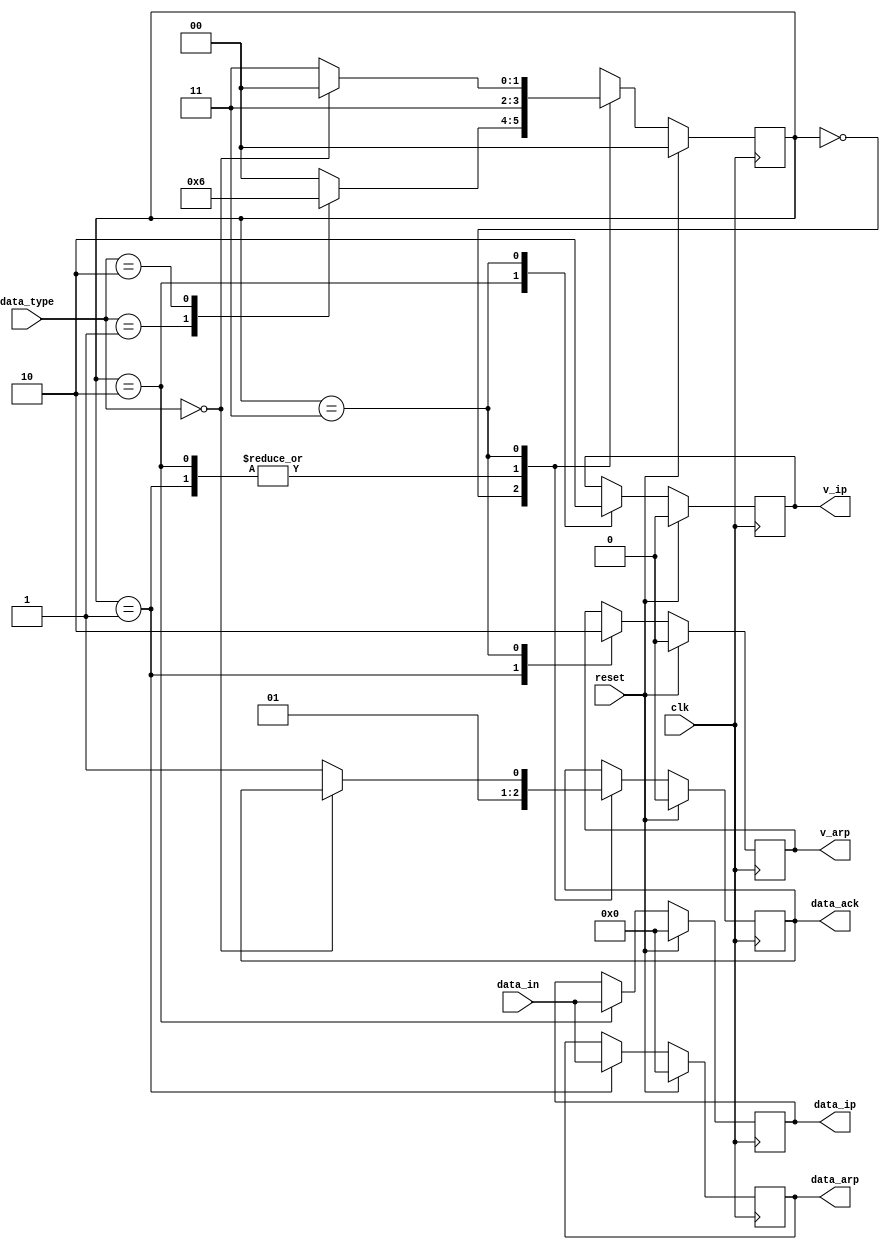

//states
`define INITR     2'h0
`define ARP_RECV 2'h1
`define IP_RECV  2'h2
`define ACK      2'h3

//types
`define NONE     2'h0
`define ARP_TYPE 2'h1
`define IP_TYPE  2'h2

module recv_buffer(
	input clk,
	input reset,
	//write port - axi
	input [31:0] data_in,
	input [1:0] data_type,
	output reg data_ack,
	//read ports
	output reg [31:0] data_arp,
	output reg v_arp,
	output reg [31:0] data_ip,
	output reg v_ip
	);

reg [31:0] arp_buffer;
reg [31:0] ip_buffer;
reg [1:0] state;

always @(posedge clk) begin
	if (reset) begin
		arp_buffer <= 32'h0;
		data_ack <= 1'b0;
		data_arp <= 32'h0;
		v_arp <= 1'b0;
		data_ip <= 32'h0;
		v_ip <= 1'b0;
		state <= `INITR;
	end else
	begin
		case(state)
			`INITR: begin
				data_ack <= 1'b0;
				case(data_type)
					`NONE: state <= `INITR;
					`ARP_TYPE: state <= `ARP_RECV;
					`IP_TYPE: state <= `IP_RECV;
					default: state <= `INITR;
				endcase
			end
			`ARP_RECV: begin
				//send output to arp_recv module
				data_arp <= data_in;
				v_arp <= 1'b1;
				//data_ack data from axi
				data_ack <= 1'b1;
				state <= `ACK;
			end
			`IP_RECV: begin
				//send output to ip_recv module
				data_ip <= data_in;
				v_ip <= 1'b1;
				//data_ack data from axi
				data_ack <= 1'b1;
				state <= `ACK;
			end
			`ACK: begin
				v_arp <= 1'b0;
				v_ip  <= 1'b0;
				if (data_type == `NONE) begin
					state <= `INITR;
				end else
				begin
					data_ack <= 1'b1;
					state <= `ACK;
				end
			end
		endcase
	end
end
endmodule